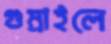
গুম্‌রাইলে